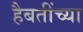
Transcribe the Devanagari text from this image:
हैबतींच्या